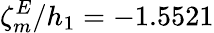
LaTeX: \zeta_{m}^{E}/h_{1}=-1.5521